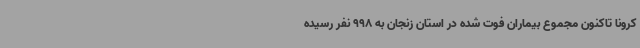
کرونا تاکنون مجموع بیماران فوت شده در استان زنجان به 998 نفر رسیده